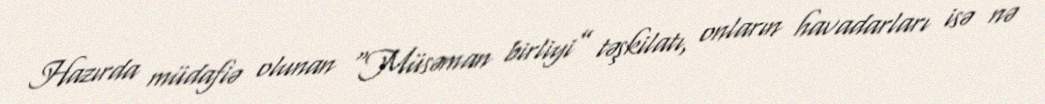
Hazırda müdafiə olunan “Müsəman birliyi” təşkilatı, onların havadarları isə nə